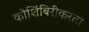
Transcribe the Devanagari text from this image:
कोशिंबिरीकरता